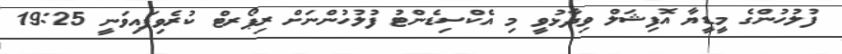
ފުލުހުންގެ މީޑީޔާ އޮފިޝަލް ވިދާޅުވީ މި އެކްސިޑެންޓު ފުލުހުންނަށް ރިޕޯރޓް ކުރެވިފައިވަނީ 19:25